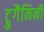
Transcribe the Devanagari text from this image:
ट्रुगैनिनी